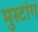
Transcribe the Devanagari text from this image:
मुस्टांग